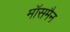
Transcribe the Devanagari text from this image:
मॉसमैन